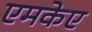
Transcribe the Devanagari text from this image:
एमकेए